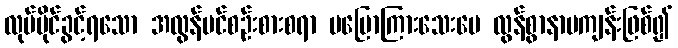
လုပ်ပိုင်ခွင့်ရသော အလွန်ပင်စဉ်းစားစရာ မပြောကြားသေးပေ လွန်စွာနာမကျန်းဖြစ်၍